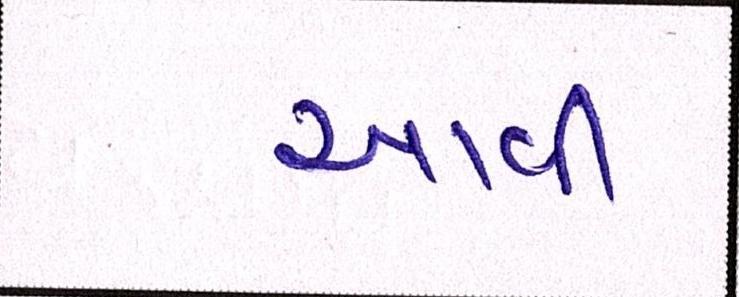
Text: આવી